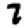
Digit: 7